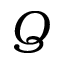
Q